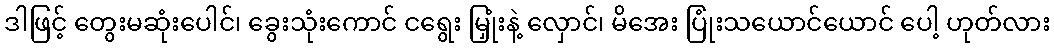
ဒါဖြင့် တွေးမဆုံးပေါင်၊ ခွေးသုံးကောင် ငရွေး မြှုံးနဲ့ လှောင်၊ မိအေး ပြုံးသယောင်ယောင် ပေါ့ ဟုတ်လား